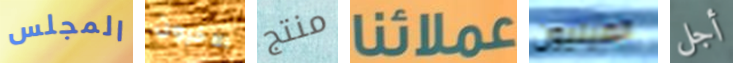
المجلس الاخرون منتج عملائنا الصينيون أجل